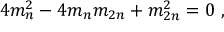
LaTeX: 4 m _ { n } ^ { 2 } - 4 m _ { n } m _ { 2 n } + m _ { 2 n } ^ { 2 } = 0 ~ ,